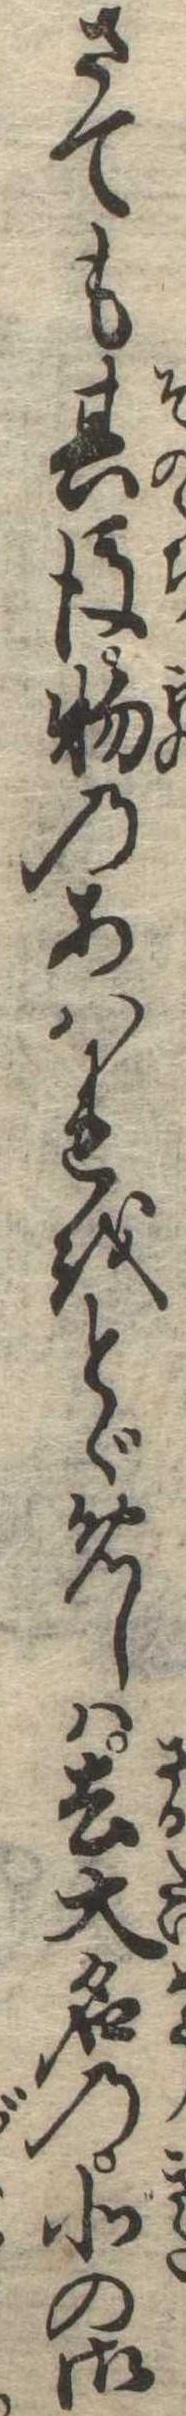
さても其後物のあはれをとゞめしは去大名の北の御